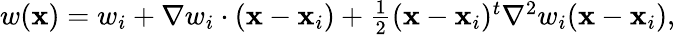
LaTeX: \begin{array}{r}{w({\mathbf x})=w_{i}+{\nabla}w_{i}\cdot({\mathbf x}-{\mathbf x}_{i})+\frac{1}{2}({\mathbf x}-{\mathbf x}_{i})^{t}{\nabla}^{2}w_{i}({\mathbf x}-{\mathbf x}_{i}),}\end{array}